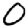
Digit: 0